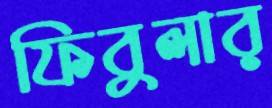
ফিবুলার